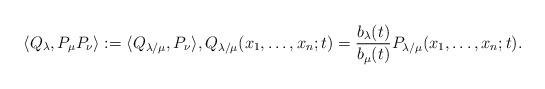
LaTeX: \begin{align*}\langle Q_{\lambda}, P_{\mu} P_{\nu} \rangle:=\langle Q_{\lambda/\mu}, P_{\nu} \rangle,Q_{\lambda/\mu}(x_1,\dots,x_n;t)=\frac{b_{\lambda}(t)}{b_{\mu}(t)}P_{\lambda/\mu}(x_1,\dots,x_n;t).\end{align*}